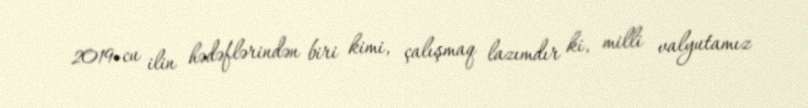
2019-cu ilin hədəflərindən biri kimi, çalışmaq lazımdır ki, milli valyutamız